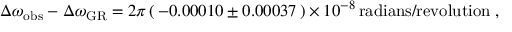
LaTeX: \Delta \omega _ { \mathrm { o b s } } - \Delta \omega _ { \mathrm { G R } } = 2 \pi \, ( \, - 0 . 0 0 0 1 0 \pm 0 . 0 0 0 3 7 \, ) \times 1 0 ^ { - 8 } \, \mathrm { r a d i a n s / r e v o l u t i o n } \; ,